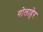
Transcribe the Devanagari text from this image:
गोलाहेर